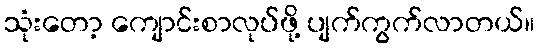
သုံးတော့ ကျောင်းစာလုပ်ဖို့ ပျက်ကွက်လာတယ်။